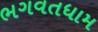
ભગવતધામ